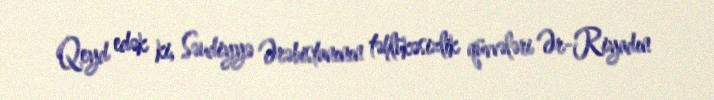
Qeyd edək ki, Səudiyyə Ərəbistanının təhlükəsizlik qüvvələri Ər-Riyadın